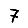
Digit: 7